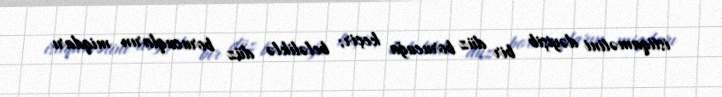
istiqamətini dəyişib bir düz borucuğa keçir; beləliklə düz borucuqların miqdarı